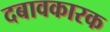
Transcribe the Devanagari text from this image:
दबावकारक